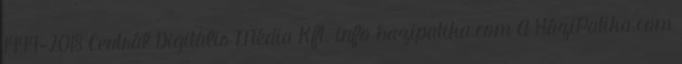
1999-2018 Centrál Digitális Média Kft. info hazipatika.com A HáziPatika.com